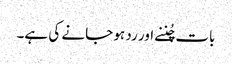
بات چُننے اور رد ہو جانے کی ہے۔